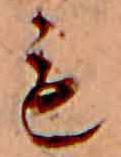
も